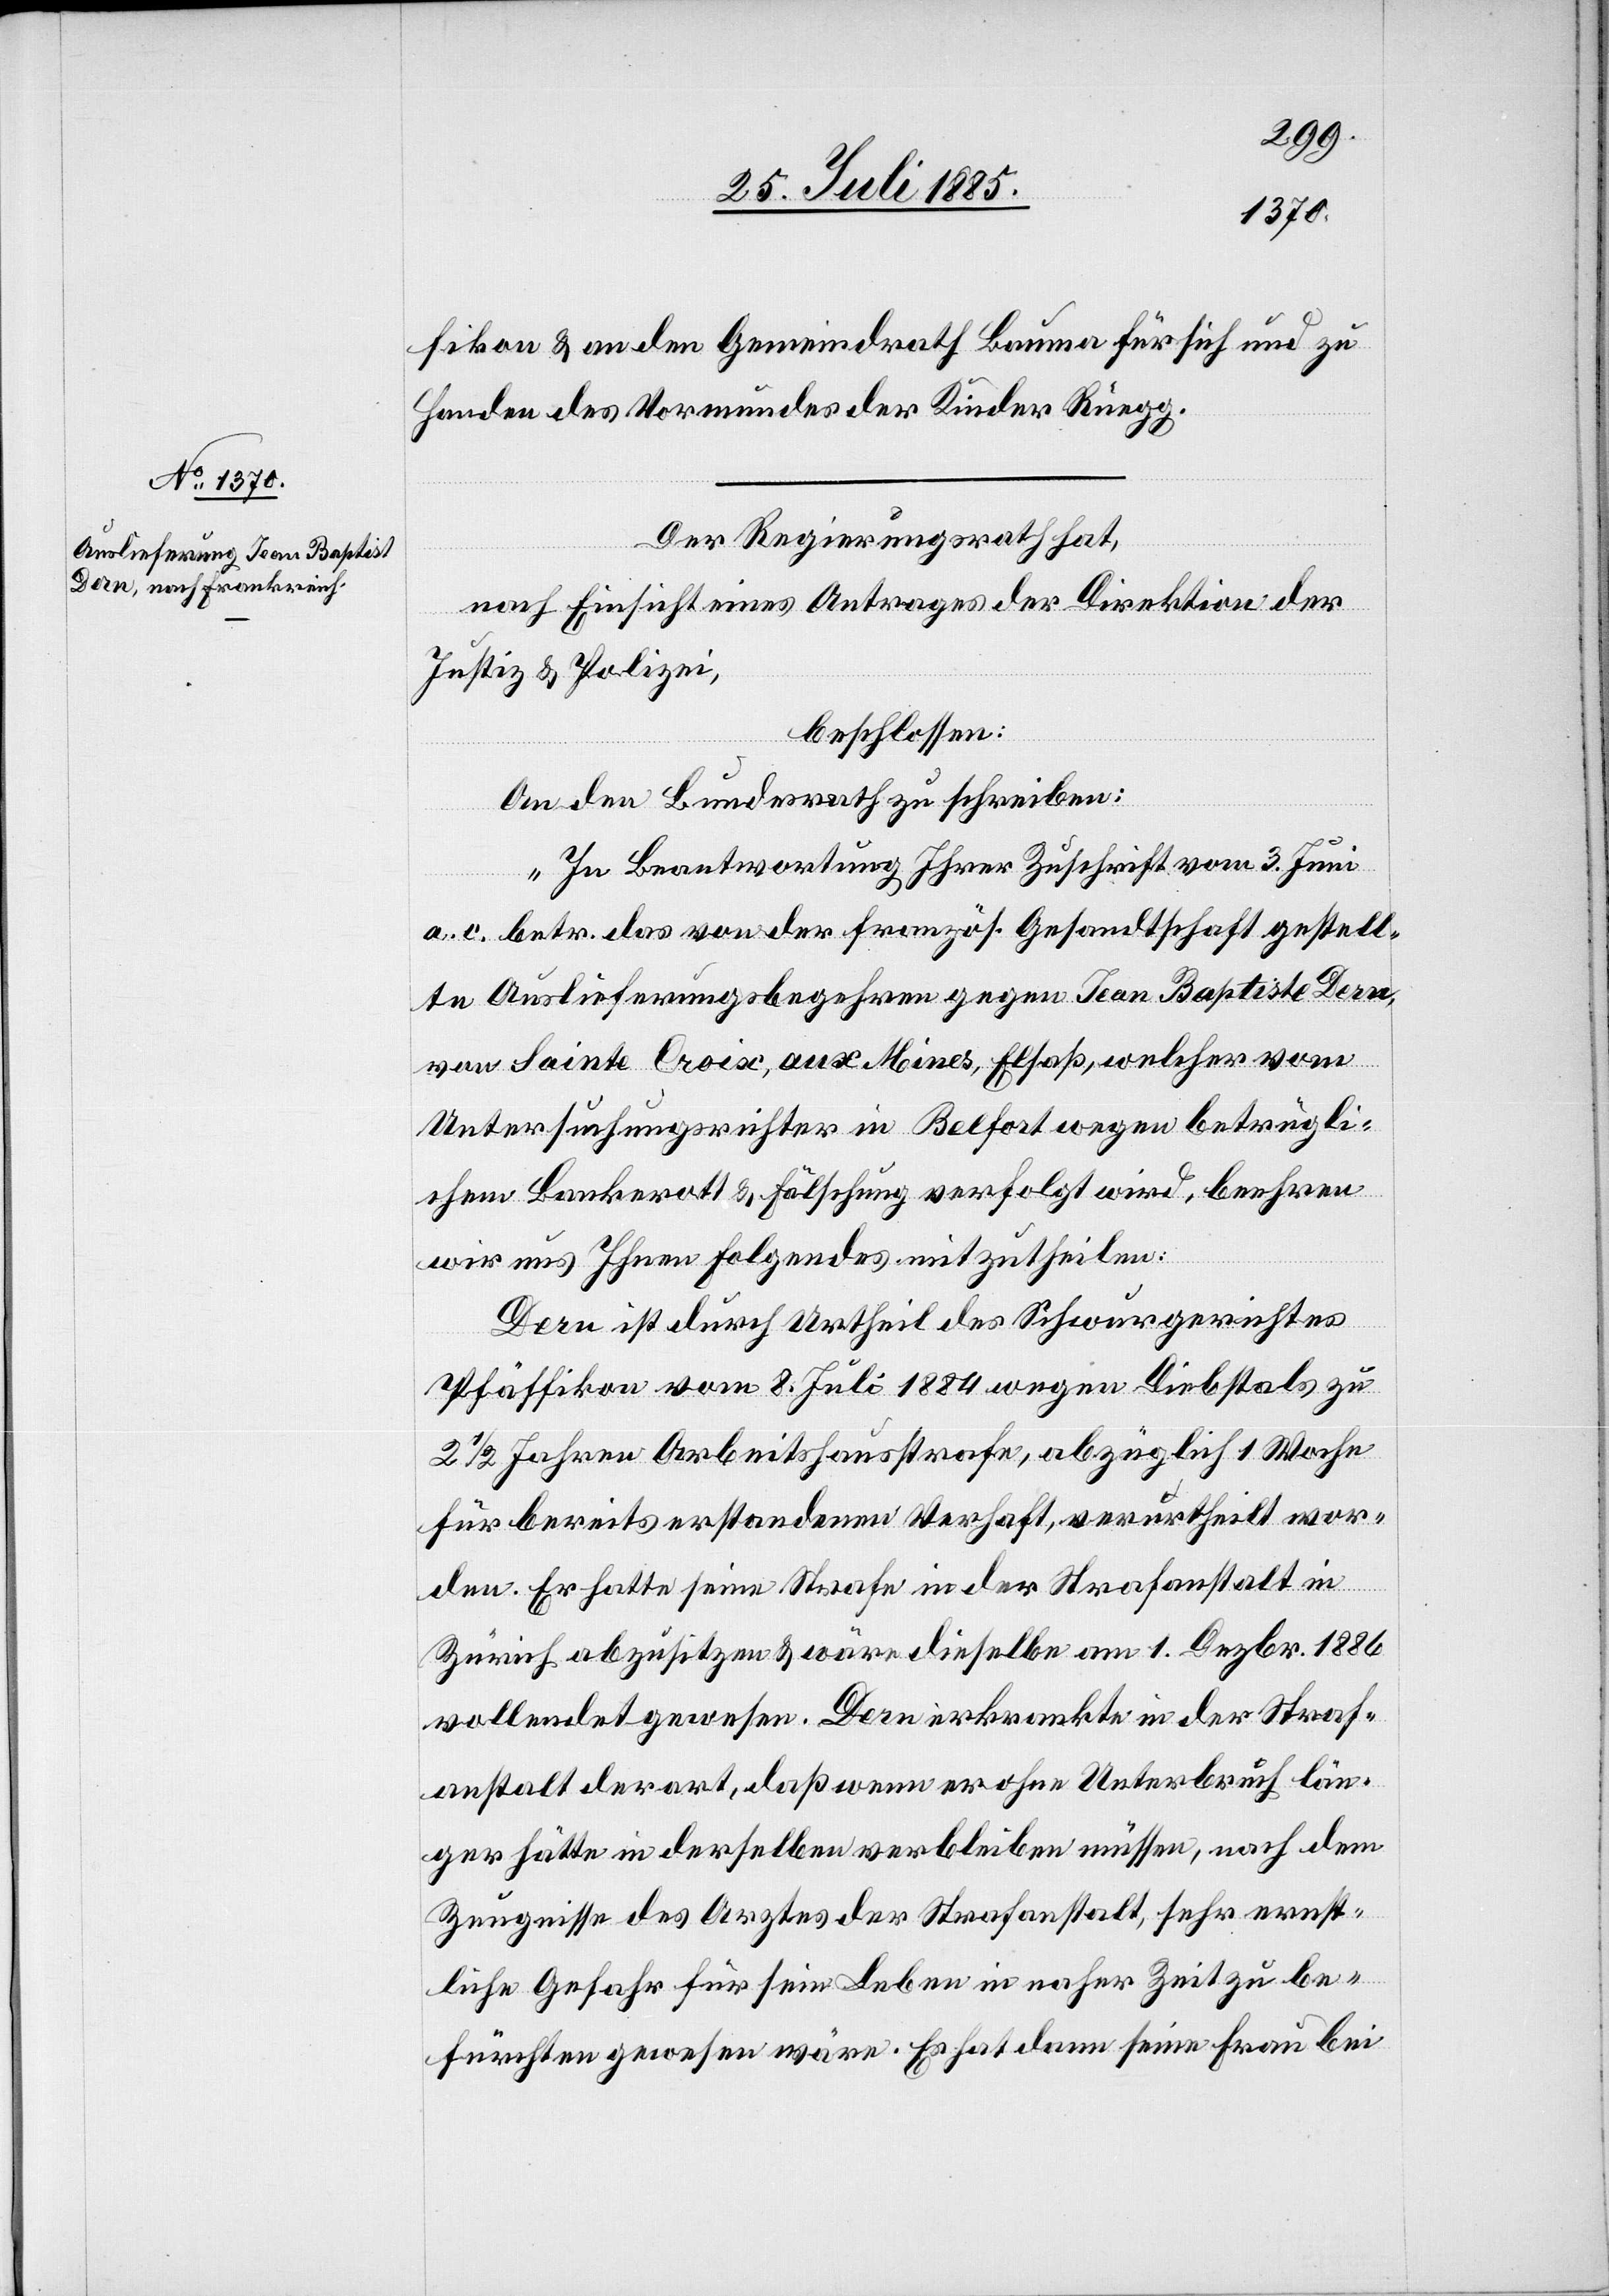
fikon & an den Gemeindrath Bauma für sich und zu
Handen des Vormundes der Kinder Rüegg.
Der Regierungsrath hat,
nach Einsicht eines Antrages der Direktion der
Justiz & Polizei,
beschlossen:
An den Bundesrath zu schreiben:
„In Beantwortung Ihrer Zuschrift vom 3. Juni
a. c. betr. das von der französ. Gesandtschaft gestell¬
ten Auslieferungsbegehren gegen Jean Baptiste Dern,
von Sainte Croix aux Mines, Elsaß, welcher vom
Untersuchungsrichter in Belfort wegen betrügli¬
chem Bankrott & Fälschung verfolgt wird, beehren
wir uns Ihnen Folgendes mitzutheilen:
Dern ist durch Urtheil des Schwurgerichtes
Pfäffikon vom 8. Juli 1884 wegen Diebstals zu
2 1/2 Jahren Arbeitshausstrafe, abzüglich 1 Woche
für bereits erstandenen Verhaft, verurtheilt wor¬
den. Er hatte seine Strafe in der Strafanstalt in
Zürich abzusitzen & wäre dieselbe am 1. Dezbr. 1886
vollendet gewesen. Dern erkrankte in der Straf¬
anstalt derart, daß wenn er ohne Unterbruch län¬
ger hätte in derselben verbleiben müssen, nach dem
Zeugnisse des Arztes der Strafanstalt, sehr ernst¬
liche Gefahr für sein Leben in naher Zeit zu be¬
fürchten gewesen wäre. Es hat dann seine Frau bei